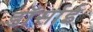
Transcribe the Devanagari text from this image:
डॉर्साई